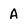
Character: A